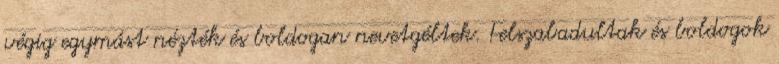
végig egymást nézték és boldogan nevetgéltek. Felszabadultak és boldogok